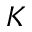
K